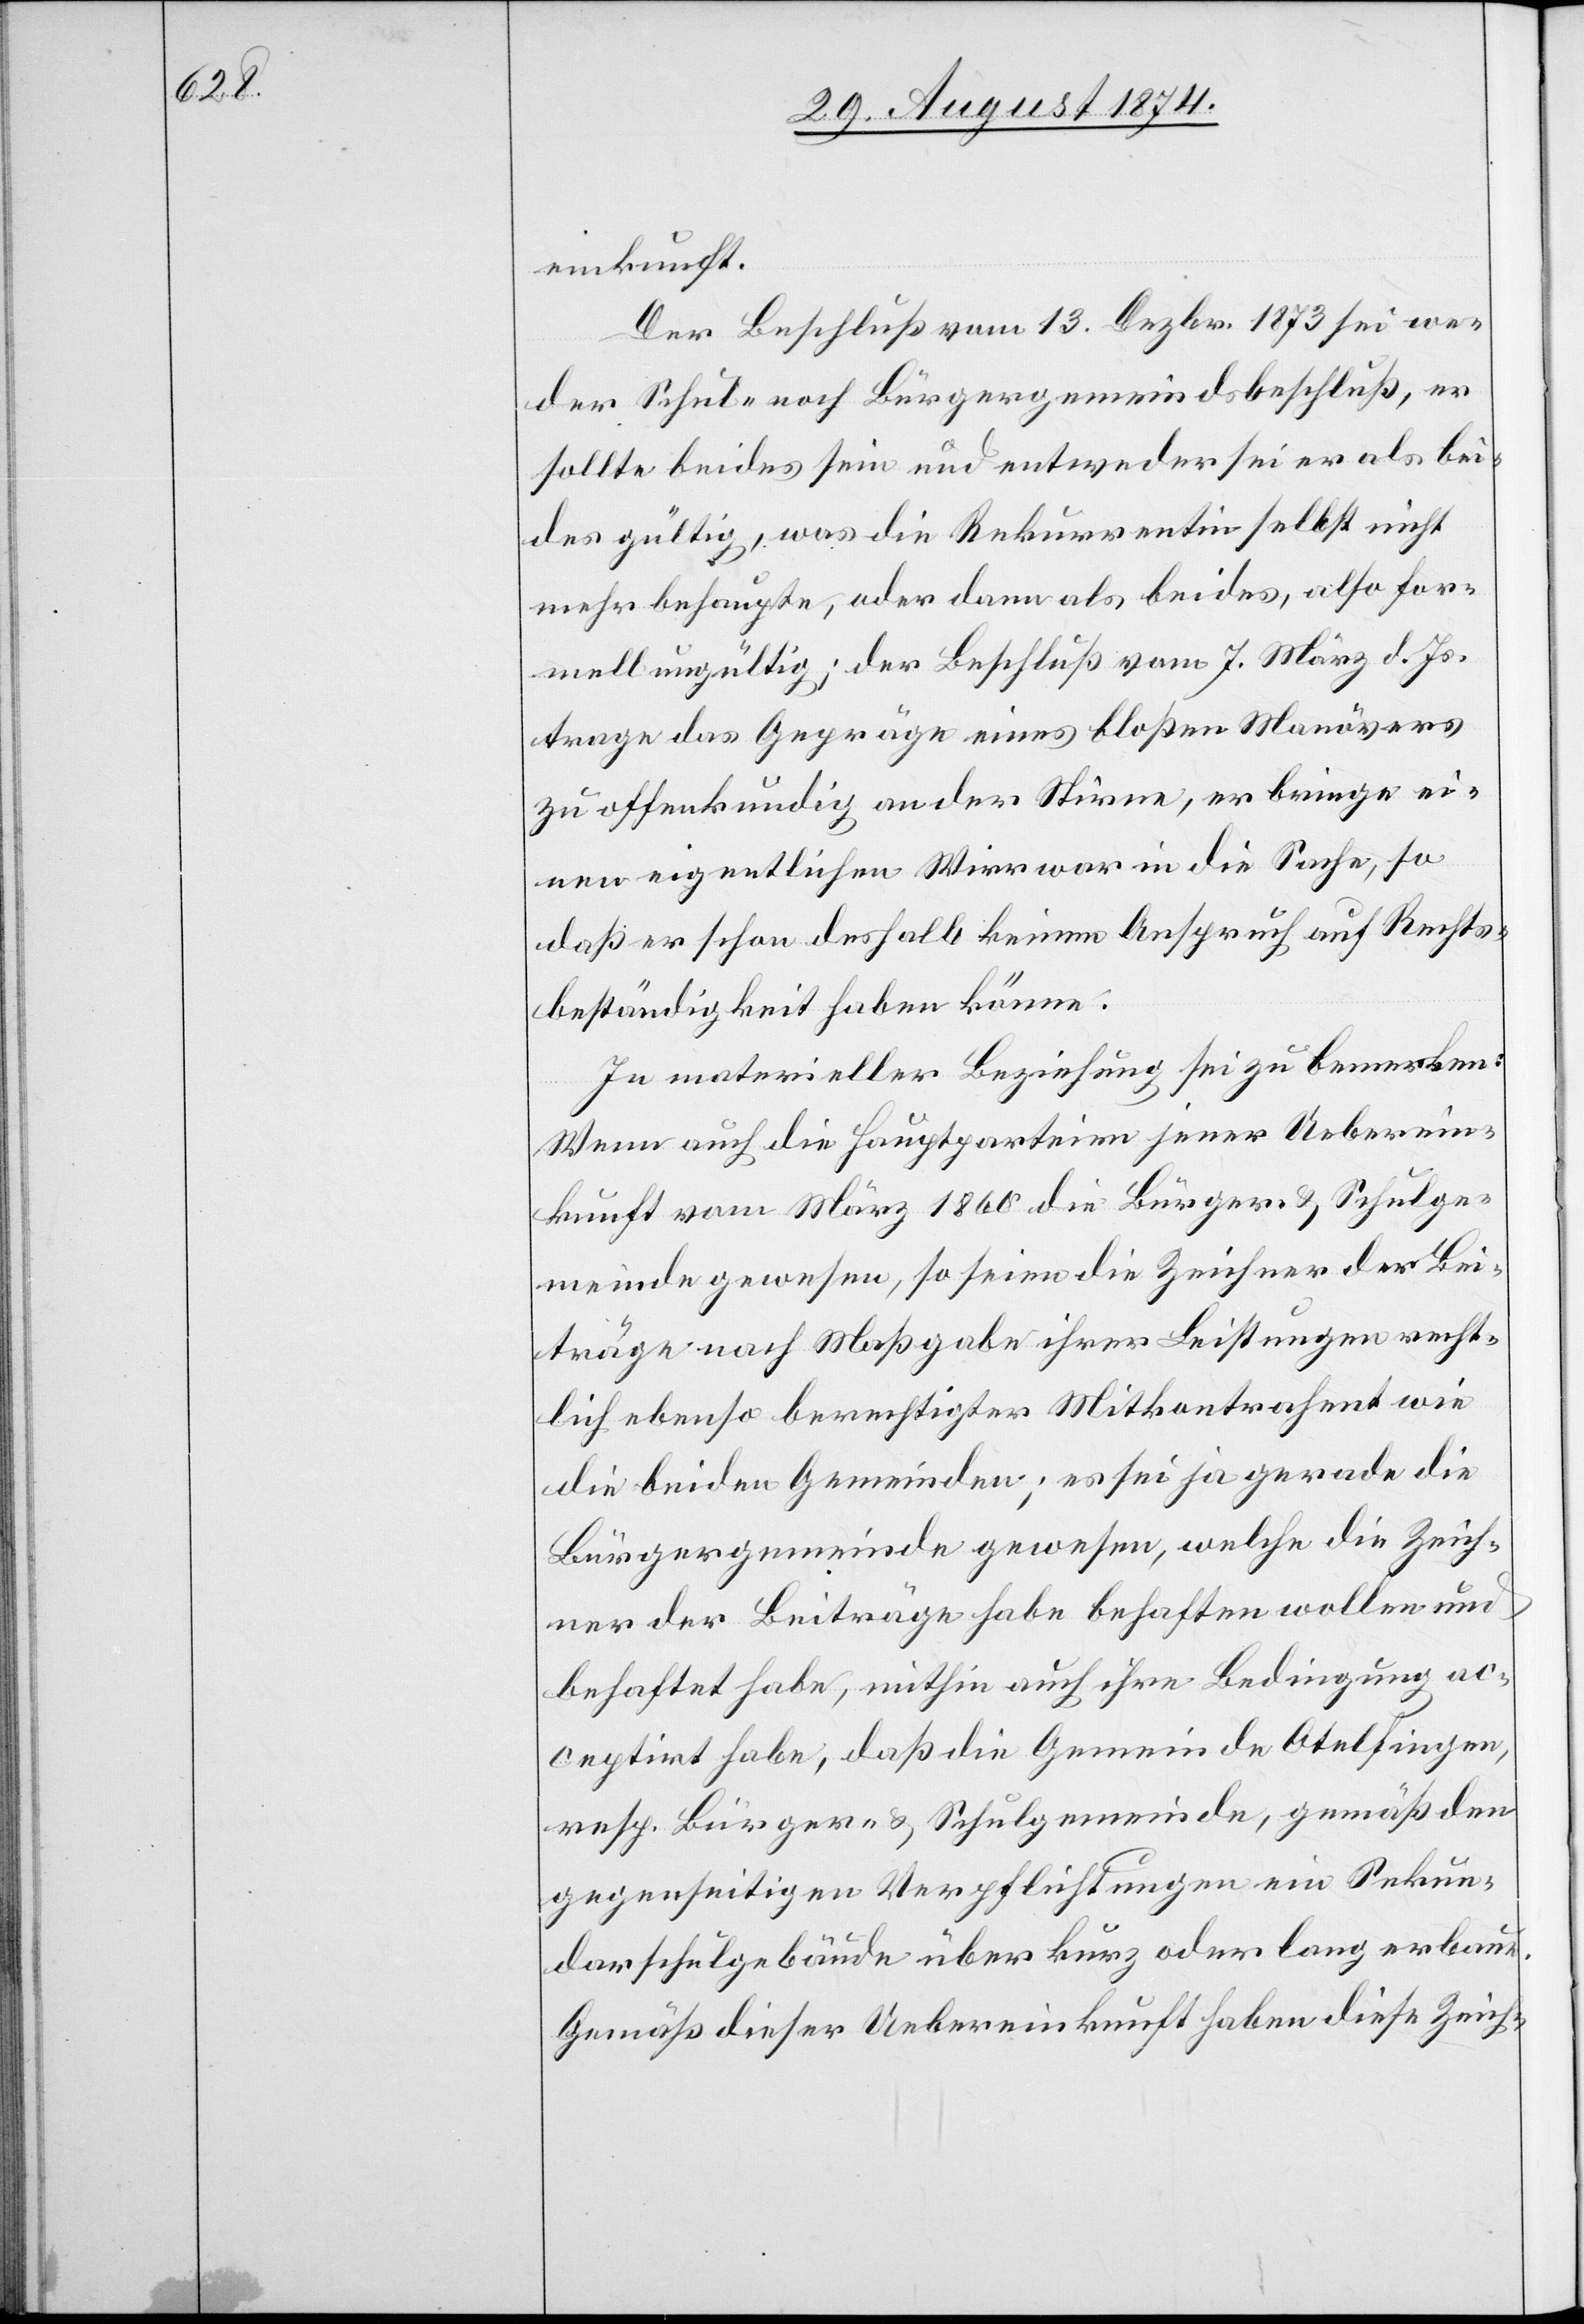
einkunft.
Der Beschluß vom 13. Dezbr. 1873 sei we¬
der Schul- noch Bürgergemeindsbeschluß, er
sollte beides sein und entweder sei er als bei¬
des gültig, was die Rekurrentin selbst nicht
mehr behaupte, oder dann als beides, also for¬
mell ungültig; der Beschluß vom 7. März d. Js.
trage das Gepräge eines bloßen Manövers
zu offenkundig an der Stirne, er bringe ei¬
nen eigentlichen Wirrwar in die Sache, so
daß er schon deshalb keinen Anspruch auf Rechts¬
beständigkeit haben könne.
In materieller Beziehung sei zu bemerken:
Wenn auch die Hauptparteien jener Ueberein¬
kunft vom März 1860 die Bürger- u. Schulge¬
meinde gewesen, so seien die Zeichner der Bei¬
träge nach Maßgabe ihrer Leistungen recht¬
lich ebenso berechtigter Mitkontrahent wie
die beiden Gemeinden; es sei ja gerade die
Bürgergemeinde gewesen, welche die Zeich¬
ner der Beiträge habe behaften wollen und
behaftet habe, mithin auch ihre Bedingung ac¬
ceptirt habe, daß die Gemeinde Otelfingen,
resp. Bürger- u. Schulgemeinde, gemäß den
gegenseitigen Verpflichtungen ein Sekun¬
darschulgebäude über kurz oder lang erbaue.
Gemäß dieser Uebereinkunft haben diese Zeich-